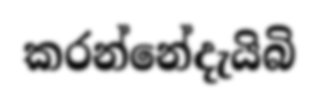
කරන්නේදැයිබි